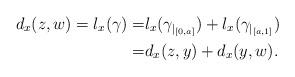
LaTeX: \begin{align*}d_x(z,w)= l_x(\gamma)= & l_x(\gamma_{|_{[0,a]}})+l_x(\gamma_{|_{[a,1]}})\\= & d_x(z,y)+d_x(y,w).\end{align*}